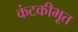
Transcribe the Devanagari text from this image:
कंटकीभूत